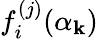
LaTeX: f_{i}^{(j)}(\alpha_{\mathbf{k}})